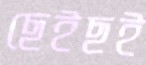
ছেইছই